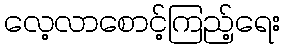
လေ့လာစောင့်ကြည့်ရေး